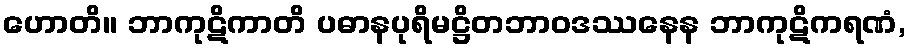
ဟောတိ။ ဘာကုဋိကာတိ ပဓာနပုရိမဋ္ဌိတဘာဝဒဿနေန ဘာကုဋိကရဏံ,